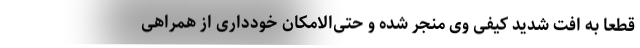
قطعاً به افت شدید کیفی وی منجر شده و حتی‌الامکان خودداری از همراهی